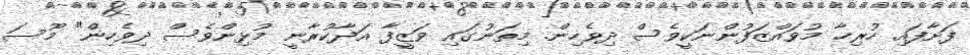
ފަށާފައި. ހުރިހާ މުވައްޒަފުންނަކީވެސް ދިވެހިން. މިތަނުގައި ވަޒީފާ އަދާކުރާނީ މުޅިންވެސް ދިވެހިން" މޫސަ